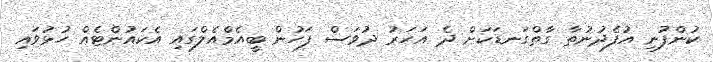
ކުންފުނި އުފެދުނުތާ ގާތްގަނޑަކަށް ދެ އަހަރު ދުވަސް ފަހުން ބީއެމްއެލްގައި އެކައުންޓެއް ހުޅުވައި